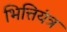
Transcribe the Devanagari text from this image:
भित्तियंत्र